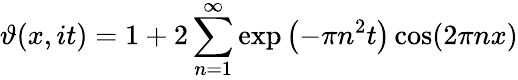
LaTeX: \vartheta(x,it)=1+2\sum_{n=1}^{\infty}\exp\left(-\pi n^{2}t\right)\cos(2\pi nx)